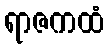
ရာဇကထံ